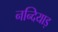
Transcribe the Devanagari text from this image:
नन्दियाड़